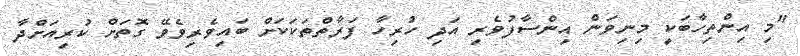
"މި އިންތިހާބަކީ މިނިވަން އިންސާފުވެރި އަދި ހުރިހާ ފަރާތްތަކަކަށް ބައިވެރިވެވޭ ގޮތަށް ކުރިއަށްދާ